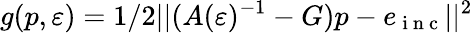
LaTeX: g(p,\varepsilon)=1/2||(A(\varepsilon)^{-1}-G)p-e_{\mathrm{~i~n~c~}}||^{2}